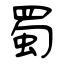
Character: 蜀